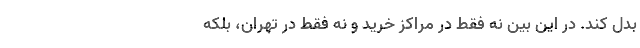
بدل کند. در این بین نه فقط در مراکز خرید و نه فقط در تهران، بلکه